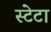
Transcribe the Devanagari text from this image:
स्टेटा